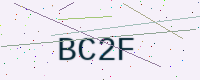
Text: BC2F